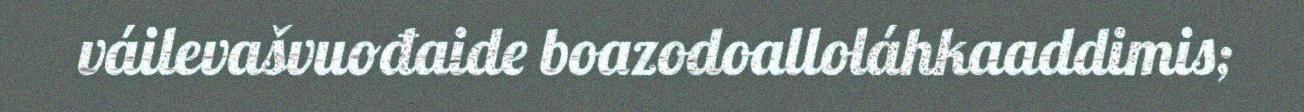
váilevašvuođaide boazodoalloláhkaaddimis;